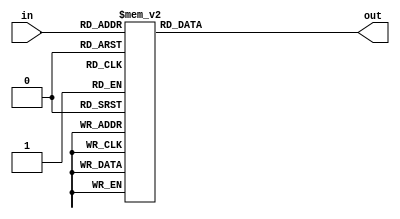
`timescale 1ns / 1ps
//////////////////////////////////////////////////////////////////////////////////
// Company: 
// Engineer: 
// 
// Design Name: 
// Module Name: _7Seg_Select
// Project Name: 
// Target Devices: 
// Tool Versions: 
// Description: 
// 
// Dependencies: 
// 
// Revision:
// Revision 0.01 - File Created
// Additional Comments:
// 
//////////////////////////////////////////////////////////////////////////////////

//873-8
module _7Seg_Select(
    input [2:0] in,
    output reg [7:0] out
    );
    always@(in) begin
        case(in[2:0])
             3'b000:out[7:0] = 8'b11111110;
             3'b001:out[7:0] = 8'b11111101;
             3'b010:out[7:0] = 8'b11111011;
             3'b011:out[7:0] = 8'b11110111;
             3'b100:out[7:0] = 8'b11101111;
             3'b101:out[7:0] = 8'b11011111;
             3'b110:out[7:0] = 8'b10111111;
             3'b111:out[7:0] = 8'b01111111;
        endcase
    end
endmodule